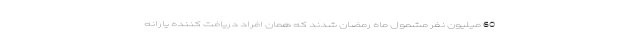
60 میلیون نفر مشمول ماه رمضان شدند که همان افراد دریافت کننده یارانه